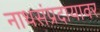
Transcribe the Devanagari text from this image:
नाथसंप्रदायावर